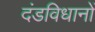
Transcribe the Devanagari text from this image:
दंडविधानों